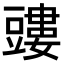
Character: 𧰃